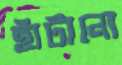
হাঁটানো